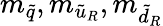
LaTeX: m_{\tilde{q}},m_{{\tilde{u}}_{R}},m_{{\tilde{d}}_{R}}